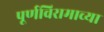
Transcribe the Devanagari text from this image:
पूर्णविरामाच्या